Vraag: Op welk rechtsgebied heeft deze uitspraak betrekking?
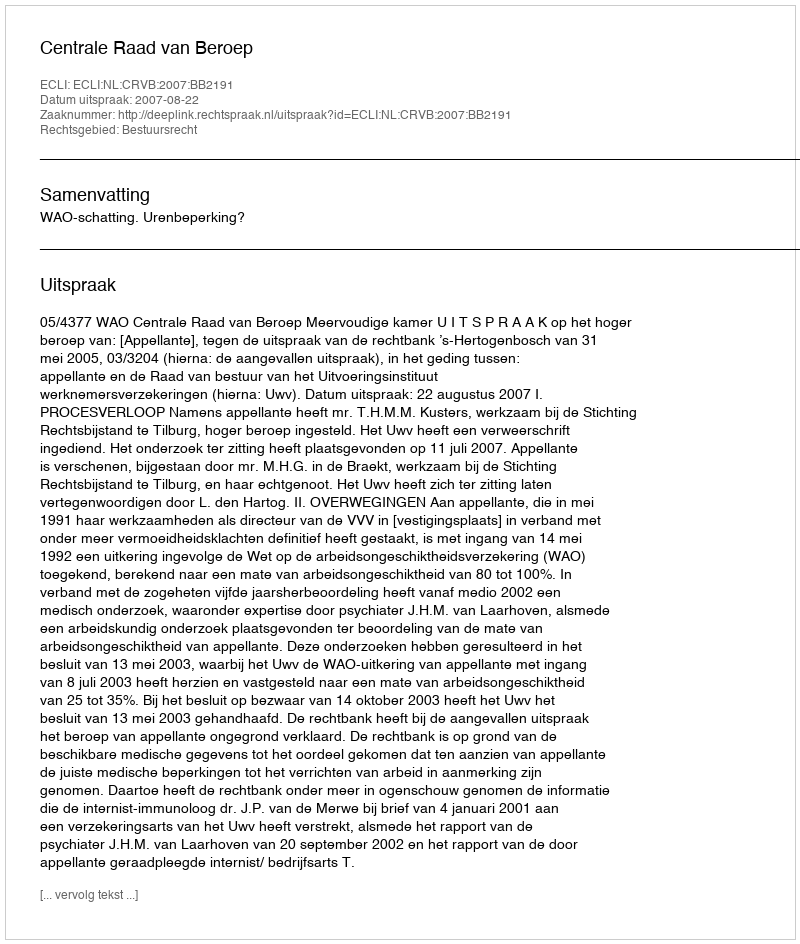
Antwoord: Bestuursrecht